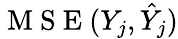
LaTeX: \mathrm{~M~S~E~}(Y_{j},\hat{Y}_{j})